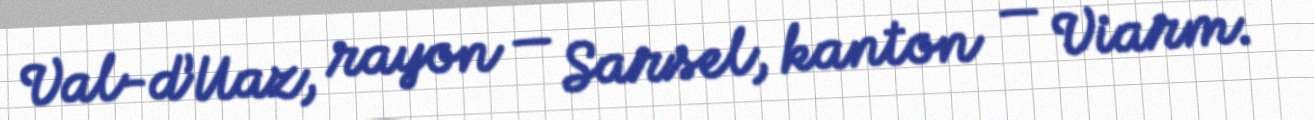
Val-d’Uaz, rayon — Sarsel, kanton — Viarm.